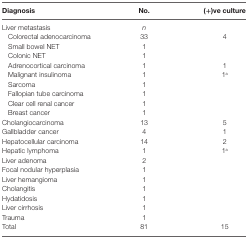
| Diagnosis | No. | (+)ve culture |
 | --- | --- | --- |
 | Liver metastasis | n |  |
 | Colorectal adenocarcinoma | 33 | 4 |
 | Small bowel NET | 1 |  |
 | Colonic NET | 1 |  |
 | Adrenocortical carcinoma | 1 | 1 |
 | Malignant insulinoma | 1 | 1a |
 | Sarcoma | 1 |  |
 | Fallopian tube carcinoma | 1 |  |
 | Clear cell renal cancer | 1 |  |
 | Breast cancer | 1 |  |
 | Cholangiocarcinoma | 13 | 5 |
 | Gallbladder cancer | 4 | 1 |
 | Hepatocellular carcinoma | 14 | 2 |
 | Hepatic lymphoma | 1 | 1a |
 | Liver adenoma | 2 |  |
 | Focal nodular hyperplasia | 1 |  |
 | Liver hemangioma | 1 |  |
 | Cholangitis | 1 |  |
 | Hydatidosis | 1 |  |
 | Liver cirrhosis | 1 |  |
 | Trauma | 1 |  |
 | Total | 81 | 15 |